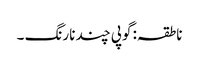
ناطقہ: گوپی چند نارنگ ۔